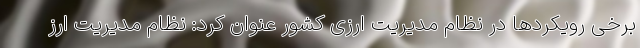
برخی رویکردها در نظام مدیریت ارزی کشور عنوان کرد: نظام مدیریت ارز